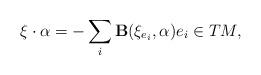
LaTeX: \begin{gather*}\xi\cdot \alpha=-\sum_i {\bf B}(\xi_{e_i},\alpha)e_i\in TM,\end{gather*}